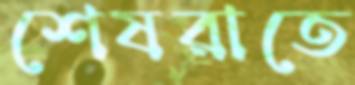
শেষরাতে